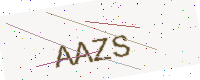
Text: AAZS